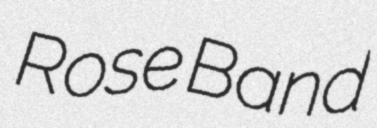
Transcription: Rose Band